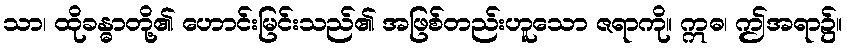
သာ၊ ထိုခန္ဓာတို့၏ ဟောင်းမြင်းသည်၏ အဖြစ်တည်းဟူသော ဇရာကို။ ဣဓ၊ ဤအရာ၌။